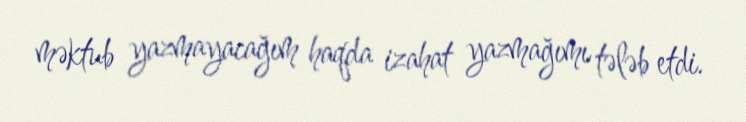
məktub yazmayacağım haqda izahat yazmağımı tələb etdi.